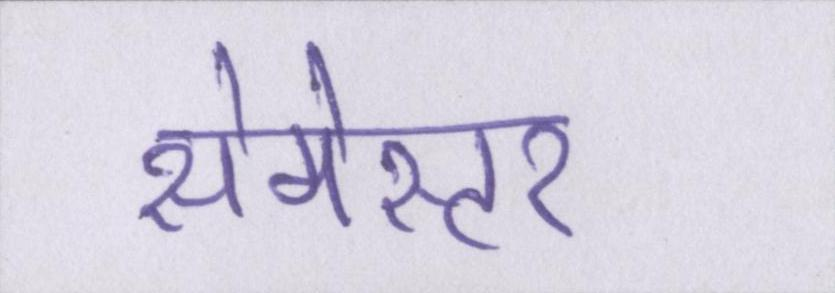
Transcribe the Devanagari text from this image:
सेमेस्टर